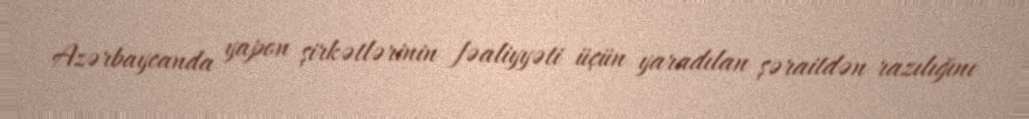
Azərbaycanda yapon şirkətlərinin fəaliyyəti üçün yaradılan şəraitdən razılığını